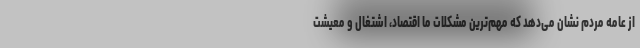
از عامه مردم نشان می‌دهد که مهم‌ترین مشکلات ما اقتصاد، اشتغال و معیشت